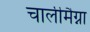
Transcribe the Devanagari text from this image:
चार्लीमैग्ना